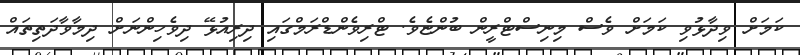
ކަމަށް ވިދާޅުވި ކަމަށް ވެސް މިނިސްޓްރީން ބުންޏެވެ. ޓްރިވެންޑްރަމްގައި ދިރިއުޅޭ ދިވެހިންނަށް ދިމާވާދަތިތައް